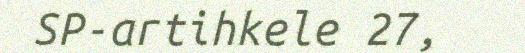
SP-artihkele 27,